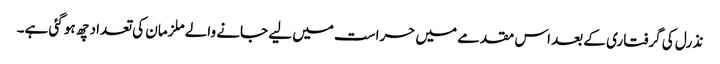
نذرل کی گرفتاری کے بعد اس مقدمے میں حراست میں لیے جانے والے ملزمان کی تعداد چھ ہو گئی ہے۔